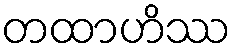
တထာဟိဿ